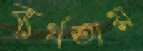
ব্যর্থতায়